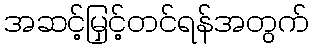
အဆင့်မြှင့်တင်ရန်အတွက်